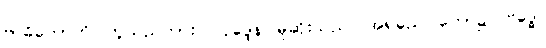
ဗာဓိတောတိ၊ ဟူသည်ကား။ လုဒ္ဒေန၊ မုဆိုးသည်။ အရညေ၊ တော၌။ ဗဒ္ဓေါ၊